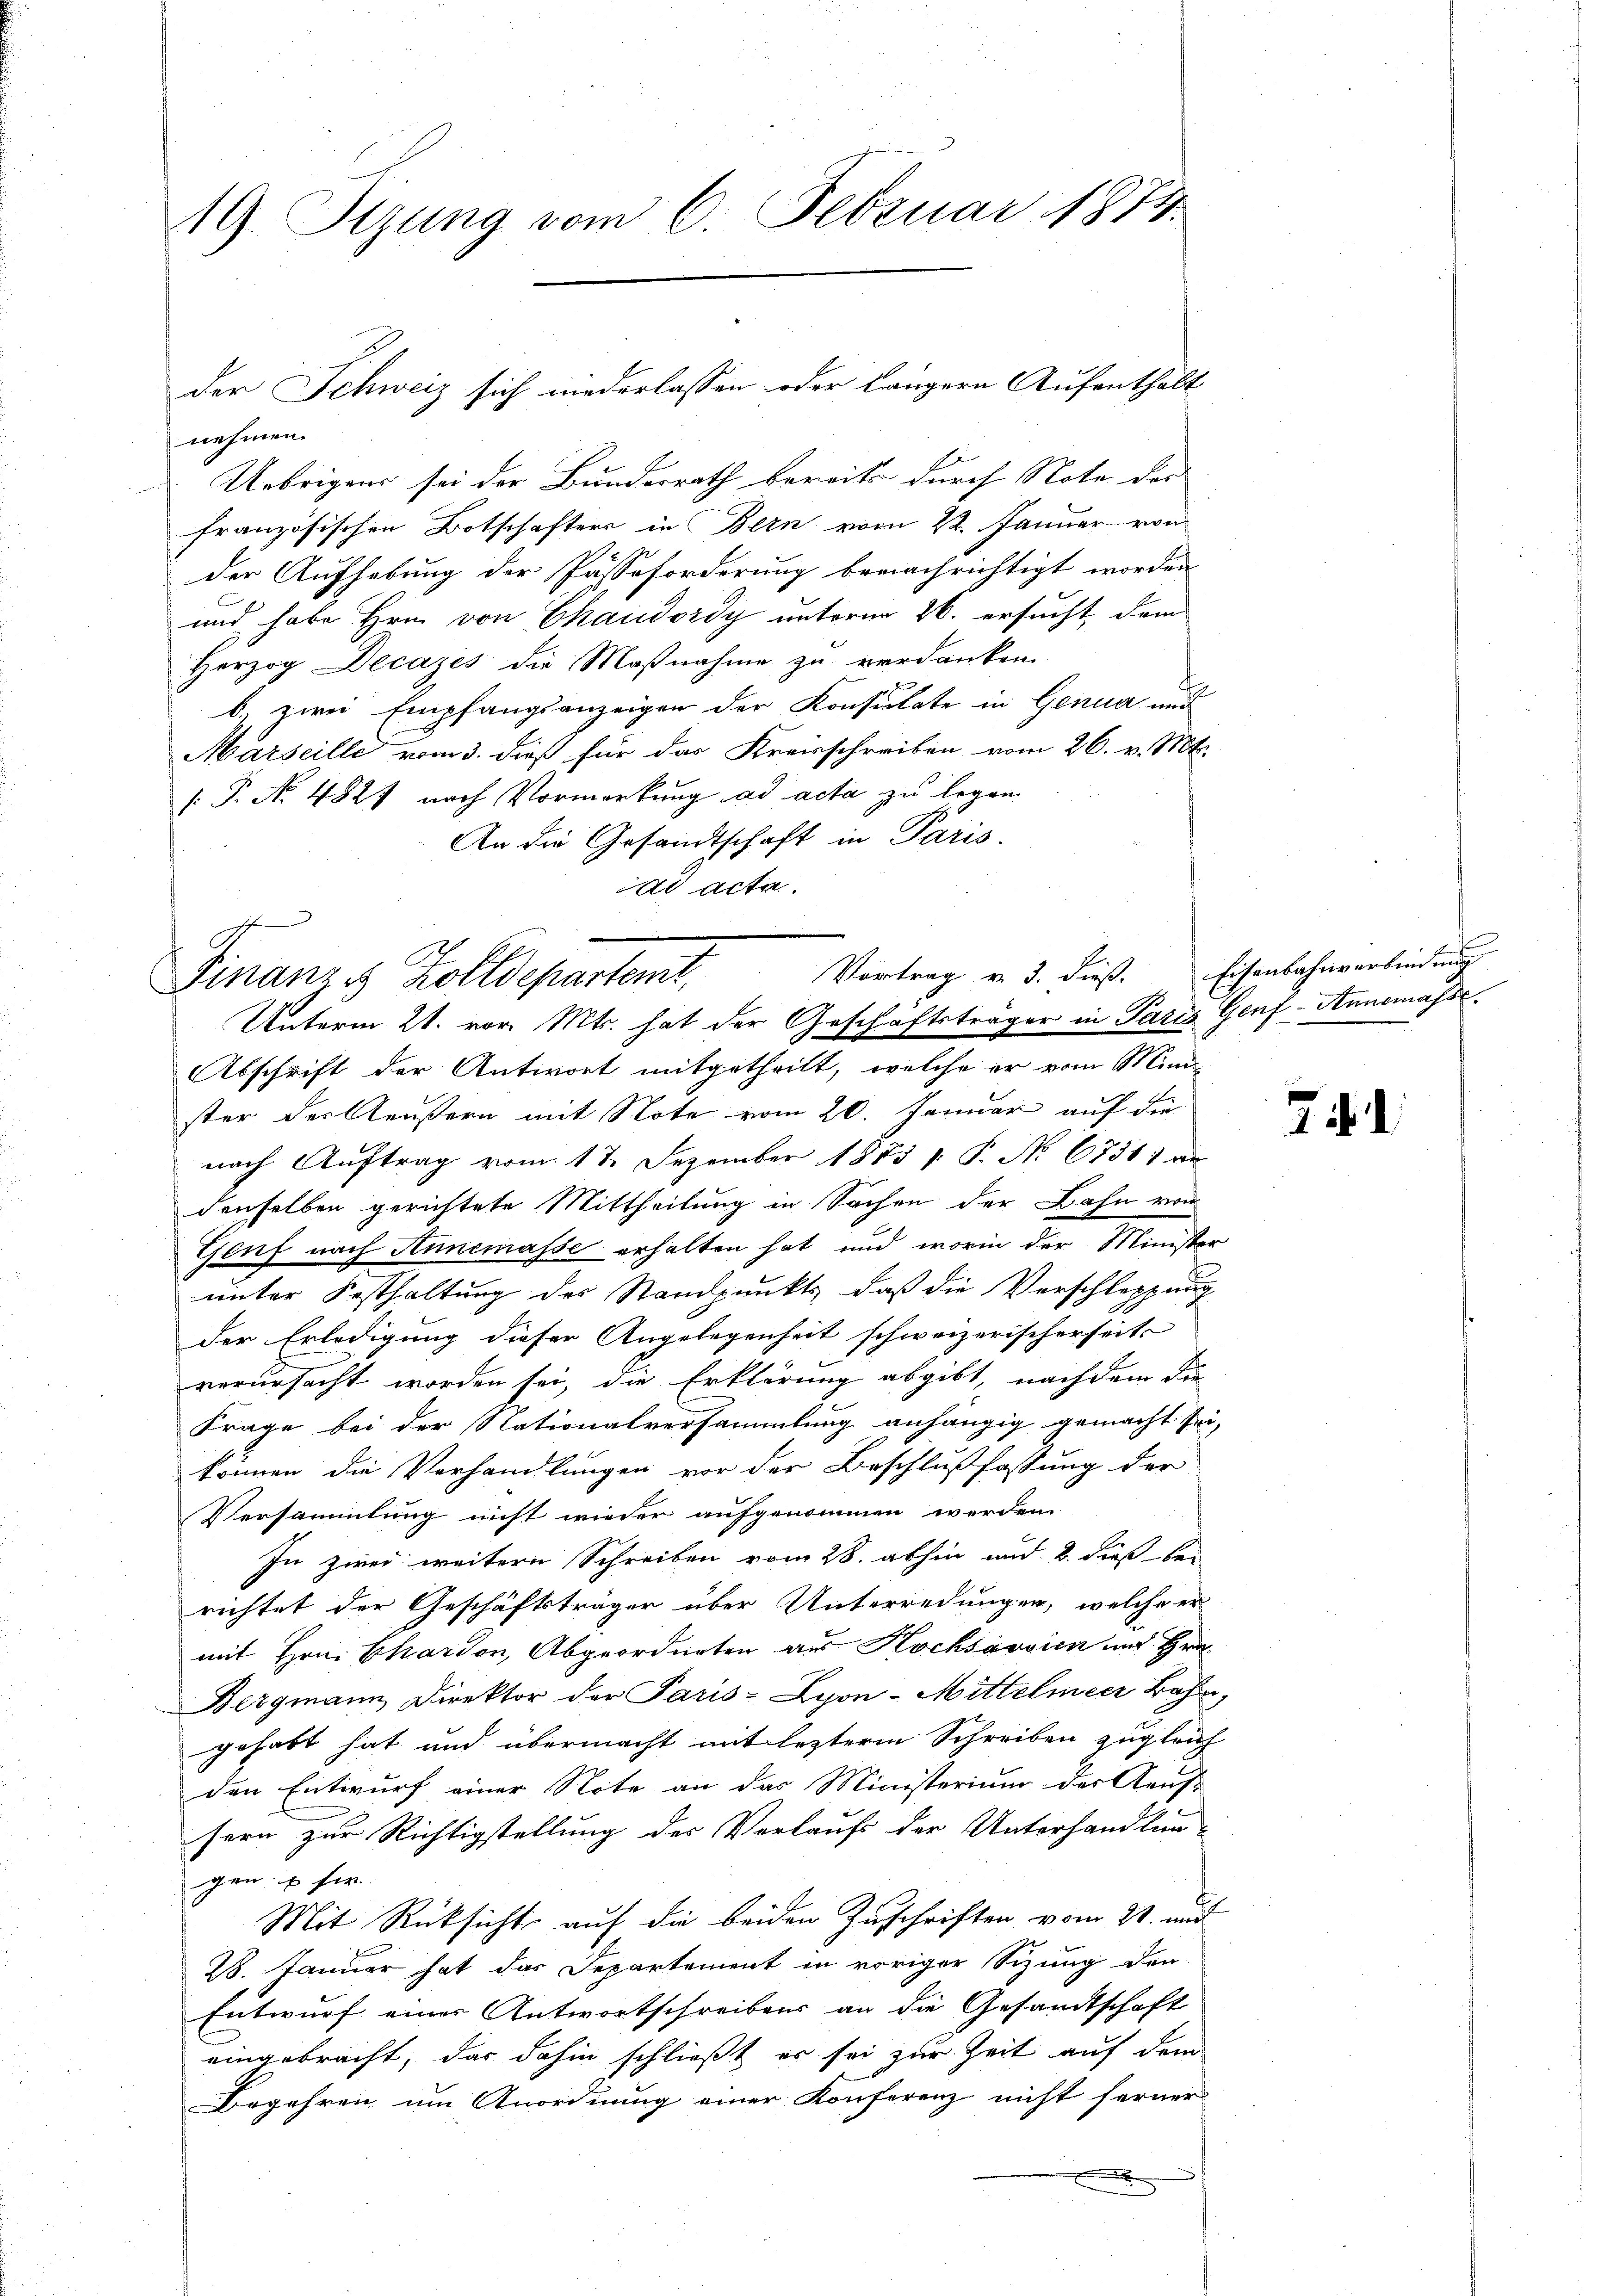
19. Sitzung vom 6. Februar 1874.

der Schweiz sich niederlassen oder längern Aufenthalt

Vortrag v. 3. dieß. Eisenbahnverbindung
Finanze Zolldepartemt,
Unterm 21. vor. Mts. hat der Geschäftsträger in Paris Genf-Annemasse

Abschrift der Antwort mitgetheilt, welche er vom Mini-
ster der Aeußern mit Note vom 20. Januar auf die
nach Auftrag vom 17. Dezember 1853 p. P. No 6731) an
denselben gerichtete Mittheilung in Sachen der Bahn von
Genf nach Annemasse erhalten hat und worin der Minister
unter Festhaltung des Standpunkts, daß die Verschleppung
der Erledigung dieser Angelegenheit schweizerischerseits
verursacht worden sei, die Erklärung abgibt, nachdem die
Frage bei der Nationalversammlung anhängig gemacht sei,
können die Verhandlungen vor der Beschlußfassung der
Versammlung nicht wieder aufgenommen werden.
In zwei weitern Schreiben vom 28. abhin und 2. dieß bei
richtet der Geschäftsträger über Unterredungen, welche er
mit Hrn. Chardon, Abgeordneten aus Hochsávvien und Hrn.
Bergmann Direktor der Paris - Lyon-Mittelmeer Bahn,
gehabt hat und übermacht mit lezterm Schreiben zugleich
den Entwurf einer Note an das Ministerium der Kauf-
sern zur Richtigstellung des Verlaufs der Unterhandlun-
gen u für
Mit Rücksicht auf die beiden Zuschriften vom 21. und
28. Januar hat das Departement in voriger Sizung den
Entwurf einer Antwortschreibens an die Gesandtschaft
eingebracht, das dahin schließt er sei zur Zeit auf dem
Begehren um Anordnung einer Konferenz nicht ferner
x

nehmen.
Uebrigens sei der Bundesrath bereits durch Note des
französischen Botschafters in Bern vom 22. Januar von
der Aufhebung der Pässeforderung benachrichtigt worden
und habe Hrn. von Chaisdordy unterm 26. ersucht, dem
Herzog Decazes die Maßnahme zu verdanken.
b. zwei Empfangsanzeigen der Konsulate in Genua und
Marseille vom 3. dieß für das Kreisschreiben vom 26. v. Mts.
( P. N. 4827 nach Vormerkung ad acta zu legen.
An die Gesandtschaft in Paris.
dd acta.

.